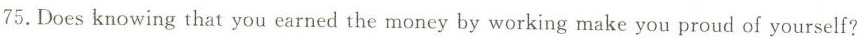
75.Does knowing that you earned the money by working make you proud of yourself?